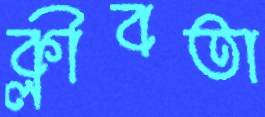
ক্লীবতা